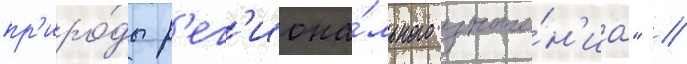
пр'иро́ды р'ег'иона́льного значе́н'иа" //